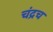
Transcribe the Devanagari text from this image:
चंद्रच